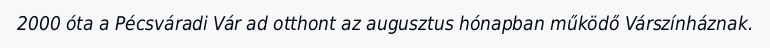
2000 óta a Pécsváradi Vár ad otthont az augusztus hónapban működő Várszínháznak.